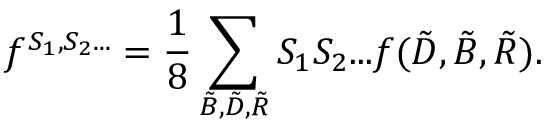
f ^ { S _ { 1 } , S _ { 2 } . . . } = \frac { 1 } { 8 } \sum _ { \tilde { \cal B } , \tilde { \cal D } , \tilde { \cal R } } { S _ { 1 } S _ { 2 } . . . } f ( { \cal \tilde { D } } , { \cal \tilde { B } } , { \cal \tilde { R } } ) .